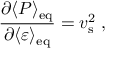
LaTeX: { \frac { \partial \langle { \cal P } \rangle _ { \mathrm { e q } } } { \partial \langle \varepsilon \rangle _ { \mathrm { e q } } } } = v _ { \mathrm { s } } ^ { 2 } \; ,